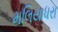
મલિયાધરા